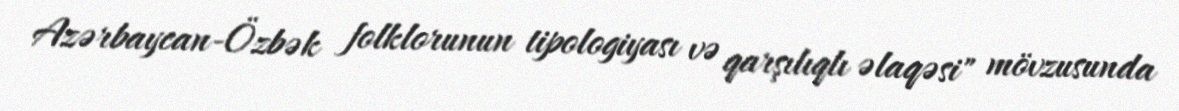
Azərbaycan-Özbək folklorunun tipologiyası və qarşılıqlı əlaqəsi" mövzusunda